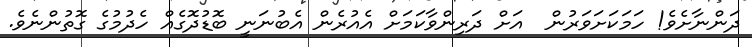
ދަންނާށެވެ! ހަމަކަށަވަރުން  އަށް ދަރިންވާކަމަށް އެއުރެން އެބުނަނީ ބޮޑުދޮގެއް ހެދުމުގެ ގޮތުންނެވެ.